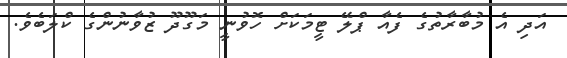
އަދި އެ މުބާރާތުގެ ފެއާ ޕްލޭ ޓީމަކަށް ހޮވުނީ މަގޫދޫ ޒުވާނުންގެ ކްލަބެވެ.